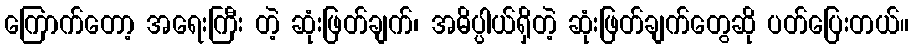
ကြောက်တော့ အရေးကြီး တဲ့ ဆုံးဖြတ်ချက်၊ အဓိပ္ပါယ်ရှိတဲ့ ဆုံးဖြတ်ချက်တွေဆို ပတ်ပြေးတယ်။